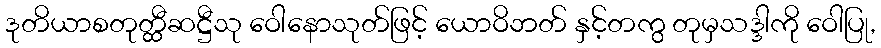
ဒုတိယာစတုတ္ထီဆဋ္ဌီသု ဝေါနောသုတ်ဖြင့် ယောဝိဘတ် နှင့်တကွ တုမှသဒ္ဒါကို ဝေါပြု,